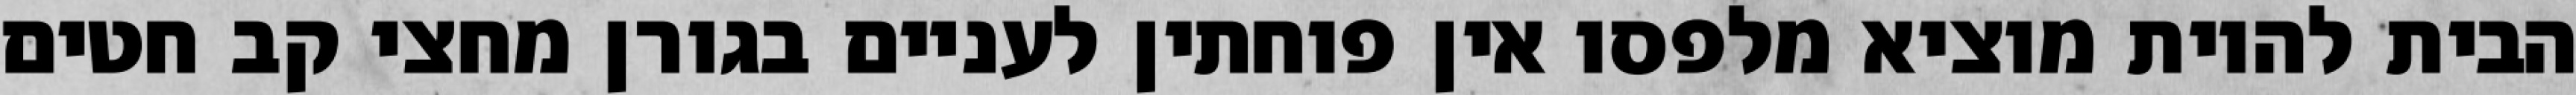
הבית להיות מוציא מלפסו אין פוחתין לעניים בגורן מחצי קב חטים